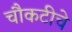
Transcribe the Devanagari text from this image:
चौकटीचे